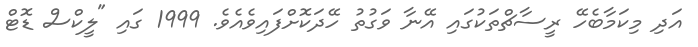
އަދި މިކަމާބެހޭ ރީސާޗްތަކުގައި އޭނާ ވަގުތު ހޭދަކޮށްފައިވެއެވެ. 1999 ގައި "ލީކްސް ޑޮޓް